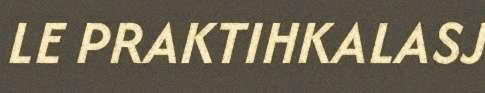
LE PRAKTIHKALASJ